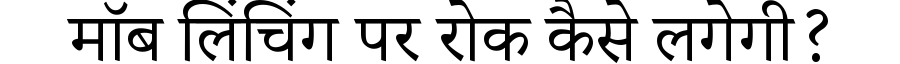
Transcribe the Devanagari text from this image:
मॉब लिंचिंग पर रोक कैसे लगेगी?